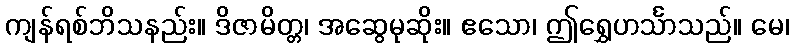
ကျန်ရစ်ဘိသနည်း။ ဒိဇာမိတ္တ၊ အဆွေမုဆိုး။ ဧသော၊ ဤရွှေဟင်္သာသည်။ မေ၊